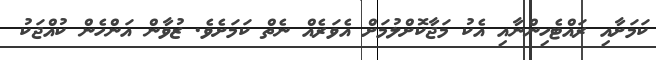
ކަމަށާއި ރައްޓެހިންނާއި އެކު މަޖާކޮށްލުމަށް އެވަރެއް ނެތް ކަމަށެވެ. ޒުވާން އަންހެން ކުއްޖަކު